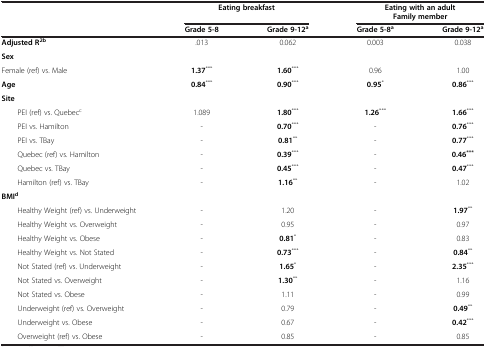
<table><thead><tr><td><b> </b></td><td colspan="2"><b>Eating breakfast</b></td><td colspan="2"><b>Eating with an adult Family member</b></td></tr><tr><td><b> </b></td><td><b>Grade 5-8</b></td><td><b>Grade 9-12<sup>a</sup></b></td><td><b>Grade 5-8<sup>a</sup></b></td><td><b>Grade 9-12<sup>a</sup></b></td></tr></thead><tbody><tr><td><b>Adjusted R</b><sup><b>2b</b></sup></td><td>.013</td><td>0.062</td><td>0.003</td><td>0.038</td></tr><tr><td><b>Sex</b></td><td> </td><td> </td><td> </td><td> </td></tr><tr><td>Female (ref) vs. Male</td><td><b>1.37</b><sup>***</sup></td><td><b>1.60</b><sup>***</sup></td><td>0.96</td><td>1.00</td></tr><tr><td><b>Age</b></td><td><b>0.84</b><sup>***</sup></td><td><b>0.90</b><sup>***</sup></td><td><b>0.95</b><sup>*</sup></td><td><b>0.86</b><sup>***</sup></td></tr><tr><td><b>Site</b></td><td> </td><td> </td><td> </td><td> </td></tr><tr><td>PEI (ref) vs. Quebec<sup>c</sup></td><td>1.089</td><td><b>1.80</b><sup>***</sup></td><td><b>1.26</b><sup>***</sup></td><td><b>1.66</b><sup>***</sup></td></tr><tr><td>PEI vs. Hamilton</td><td>-</td><td><b>0.70</b><sup>***</sup></td><td>-</td><td><b>0.76</b><sup>***</sup></td></tr><tr><td>PEI vs. TBay</td><td>-</td><td><b>0.81</b><sup>**</sup></td><td>-</td><td><b>0.77</b><sup>***</sup></td></tr><tr><td>Quebec (ref) vs. Hamilton</td><td>-</td><td><b>0.39</b><sup>***</sup></td><td>-</td><td><b>0.46</b><sup><b>***</b></sup></td></tr><tr><td>Quebec vs. TBay</td><td>-</td><td><b>0.45</b><sup>***</sup></td><td>-</td><td><b>0.47</b><sup>***</sup></td></tr><tr><td>Hamilton (ref) vs. TBay</td><td>-</td><td><b>1.16</b><sup>**</sup></td><td>-</td><td>1.02</td></tr><tr><td><b>BMI</b><sup><b>d</b></sup></td><td> </td><td> </td><td> </td><td> </td></tr><tr><td>Healthy Weight (ref) vs. Underweight</td><td>-</td><td>1.20</td><td>-</td><td><b>1.97</b><sup>**</sup></td></tr><tr><td>Healthy Weight vs. Overweight</td><td>-</td><td>0.95</td><td>-</td><td>0.97</td></tr><tr><td>Healthy Weight vs. Obese</td><td>-</td><td><b>0.81</b><sup>*</sup></td><td>-</td><td>0.83</td></tr><tr><td>Healthy Weight vs. Not Stated</td><td>-</td><td><b>0.73</b><sup>***</sup></td><td>-</td><td><b>0.84</b><sup>**</sup></td></tr><tr><td>Not Stated (ref) vs. Underweight</td><td>-</td><td><b>1.65</b><sup>*</sup></td><td>-</td><td><b>2.35</b><sup>***</sup></td></tr><tr><td>Not Stated vs. Overweight</td><td>-</td><td><b>1.30</b><sup>**</sup></td><td>-</td><td>1.16</td></tr><tr><td>Not Stated vs. Obese</td><td>-</td><td>1.11</td><td>-</td><td>0.99</td></tr><tr><td>Underweight (ref) vs. Overweight</td><td>-</td><td>0.79</td><td>-</td><td><b>0.49</b><sup>**</sup></td></tr><tr><td>Underweight vs. Obese</td><td>-</td><td>0.67</td><td>-</td><td><b>0.42</b><sup>***</sup></td></tr><tr><td>Overweight (ref) vs. Obese</td><td>-</td><td>0.85</td><td>-</td><td>0.85</td></tr></tbody></table>